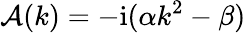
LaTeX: \mathcal{A}(k)=-\mathrm{i}(\alpha k^{2}-\beta)